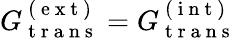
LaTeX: G_{\mathrm{~t~r~a~n~s~}}^{\mathrm{~(~e~x~t~)~}}=G_{\mathrm{~t~r~a~n~s~}}^{\mathrm{~(~i~n~t~)~}}